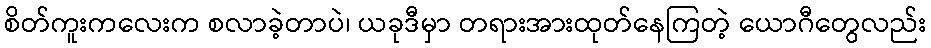
စိတ်ကူးကလေးက စလာခဲ့တာပဲ၊ ယခုဒီမှာ တရားအားထုတ်နေကြတဲ့ ယောဂီတွေလည်း